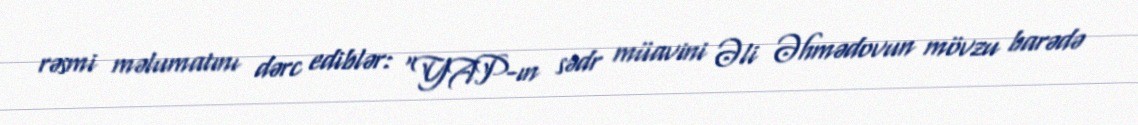
rəsmi məlumatını dərc ediblər: “YAP-ın sədr müavini Əli Əhmədovun mövzu barədə